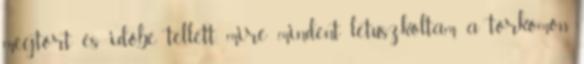
megtört és időbe tellett, mire mindent letuszkoltam a torkomon